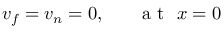
v _ { f } = v _ { n } = 0 , ~ ~ ~ ~ ~ \mathrm { ~ a ~ t ~ } ~ x = 0